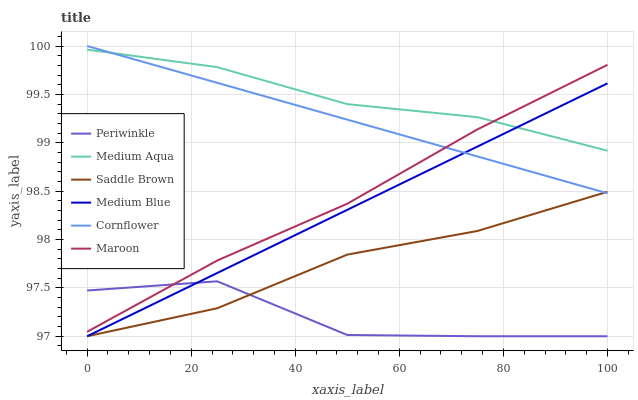
| xaxis_label | Periwinkle | Medium Aqua | Saddle Brown | Medium Blue | Cornflower | Maroon |
 | --- | --- | --- | --- | --- | --- | --- |
 | 0 | 97.5 | 100 | 97 | 97 | 100 | 97 |
 | 25 | 97.6 | 99.8 | 97.3 | 97.7 | 99.6 | 97.8 |
 | 50 | 97 | 99.4 | 97.8 | 98.3 | 99.2 | 98.4 |
 | 75 | 97 | 99.3 | 98.1 | 99 | 98.9 | 99.1 |
 | 100 | 97 | 98.9 | 98.5 | 99.6 | 98.5 | 99.8 |